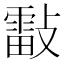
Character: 𣀀